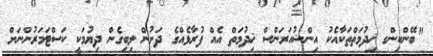
"ބޭންކިންގ ޚިދުމަތްތަކާއެކު އިންޝުއަރަންސް ޚިދުމަތް އެއް ފުރާޅެއްގެ ދަށުން ލިބިގެން ދިޔުމަކީ ކަސްޓަމަރުންނަށް